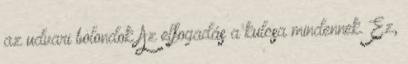
az udvari bolondok Az elfogadás a kulcsa mindennek. Ez,